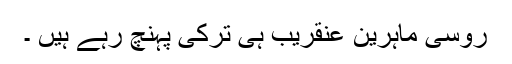
روسی ماہرین عنقریب ہی ترکی پہنچ رہے ہیں ۔